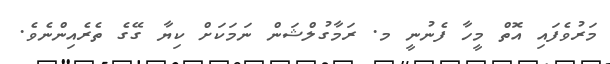
މަރުވެފައި އޮތް މީހާ ފެނުނީ މ. ރަމާގުލްޝަން ނަމަކަށް ކިޔާ ގޭގެ ތެރެއިންނެވެ.